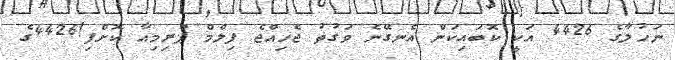
ނަހުލާގެ 4426 އަކީ ކޮބައިކަން އެނގޭނެ ވަގުތު ޖެހިއްޖެ ފިލްމް ޕްރިމިއާ ކޮށްފި!4426ގެ